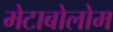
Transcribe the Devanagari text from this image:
मेटाबोलोम